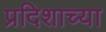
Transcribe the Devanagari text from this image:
प्रदिशाच्या